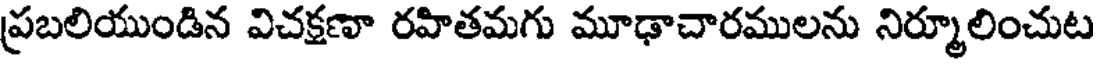
ప్రబలియుండిన విచక్షణా రహితమగు మూఢాచారములను నిర్మూలించుట